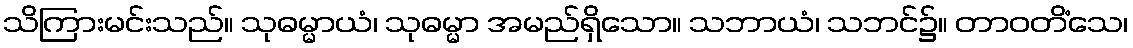
သိကြားမင်းသည်။ သုဓမ္မာယံ၊ သုဓမ္မာ အမည်ရှိသော။ သဘာယံ၊ သဘင်၌။ တာဝတိံသေ၊